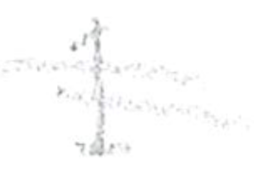
Text: 1
Cross-out: double-line
Writing tool: pencil